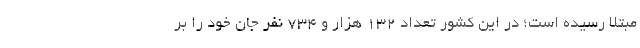
مبتلا رسیده است؛ در این کشور تعداد 132 هزار و 734 نفر جان خود را بر